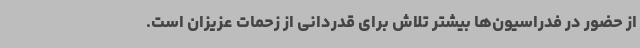
از حضور در فدراسیون‌ها بیشتر تلاش برای قدردانی از زحمات عزیزان است.